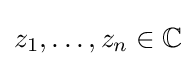
z_{1},\dots ,z_{n}\in \mathbb {C}